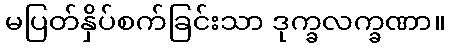
မပြတ်နှိပ်စက်ခြင်းသာ ဒုက္ခလက္ခဏာ။